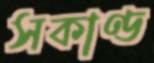
সকাণ্ড